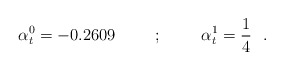
\begin{align*}\alpha^0_t = - 0.2609 \hskip 1cm ; \hskip 1cm \alpha^1_t = {1\over 4}~~.\end{align*}